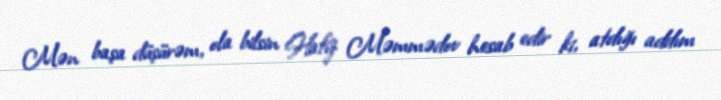
Mən başa düşürəm, ola bilsin Hafiz Məmmədov hesab edir ki, atdığı addım